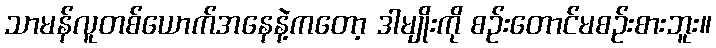
သာမန်လူတစ်ယောက်အနေနဲ့ကတော့ ဒါမျိုးကို စဉ်းတောင်မစဉ်းစားဘူး။